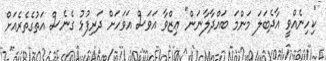
"ކިހިނެއްވީ އާދެބަލަ މަންމަ ބައްދާލާނަން" ޢިޒްވާ އަވަސް އަވަހަށް ދަރިފުޅު ގެނެސް އަތުގެތެރެއަށް